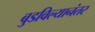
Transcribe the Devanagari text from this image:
बुडविल्यानंतर